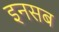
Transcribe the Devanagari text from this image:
इनसब